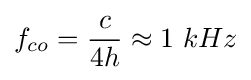
f_{co}={\dfrac {c}{4h}}\approx 1~kHz